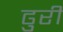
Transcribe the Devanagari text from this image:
ढुरी